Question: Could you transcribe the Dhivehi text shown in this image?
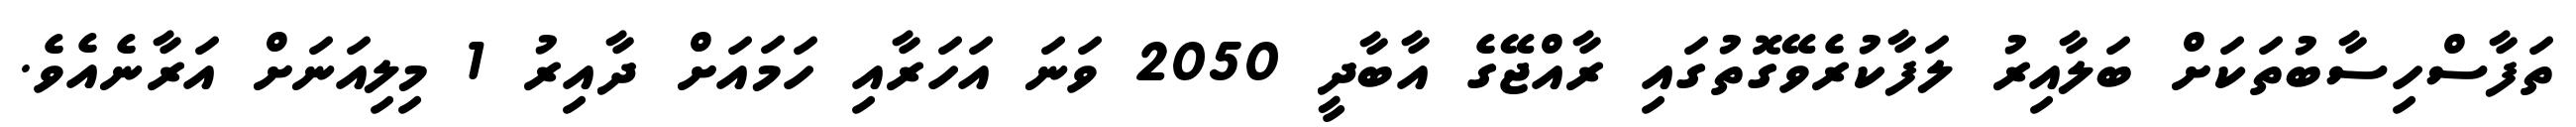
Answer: ތަފާސްހިސާބުތަކަށް ބަލާއިރު ލަފާކުރެވޭގޮތުގައި ރާއްޖޭގެ އާބާދީ 2050 ވަނަ އަހަރާއި ހަމައަށް ދާއިރު 1 މިލިއަނަށް އަރާނެއެވެ.